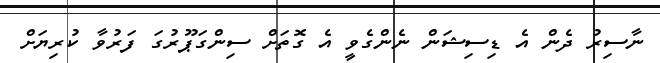
ނާސިރު ދެން އެ ޑިސިޝަން ނެންގެވީ އެ ގޮތަށް ސިންގަޕޫރުގަ ފަރުވާ ކުރިޔަށް